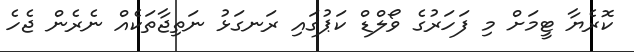
ކޮރެޔާ ޓީމަށް މި ފަހަރުގެ ވޯލްޑް ކަޕުގައި ރަނގަޅު ނަތިޖާތަކެއް ނެރެން ޖެހެ